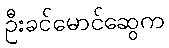
ဦးခင်မောင်ဆွေက